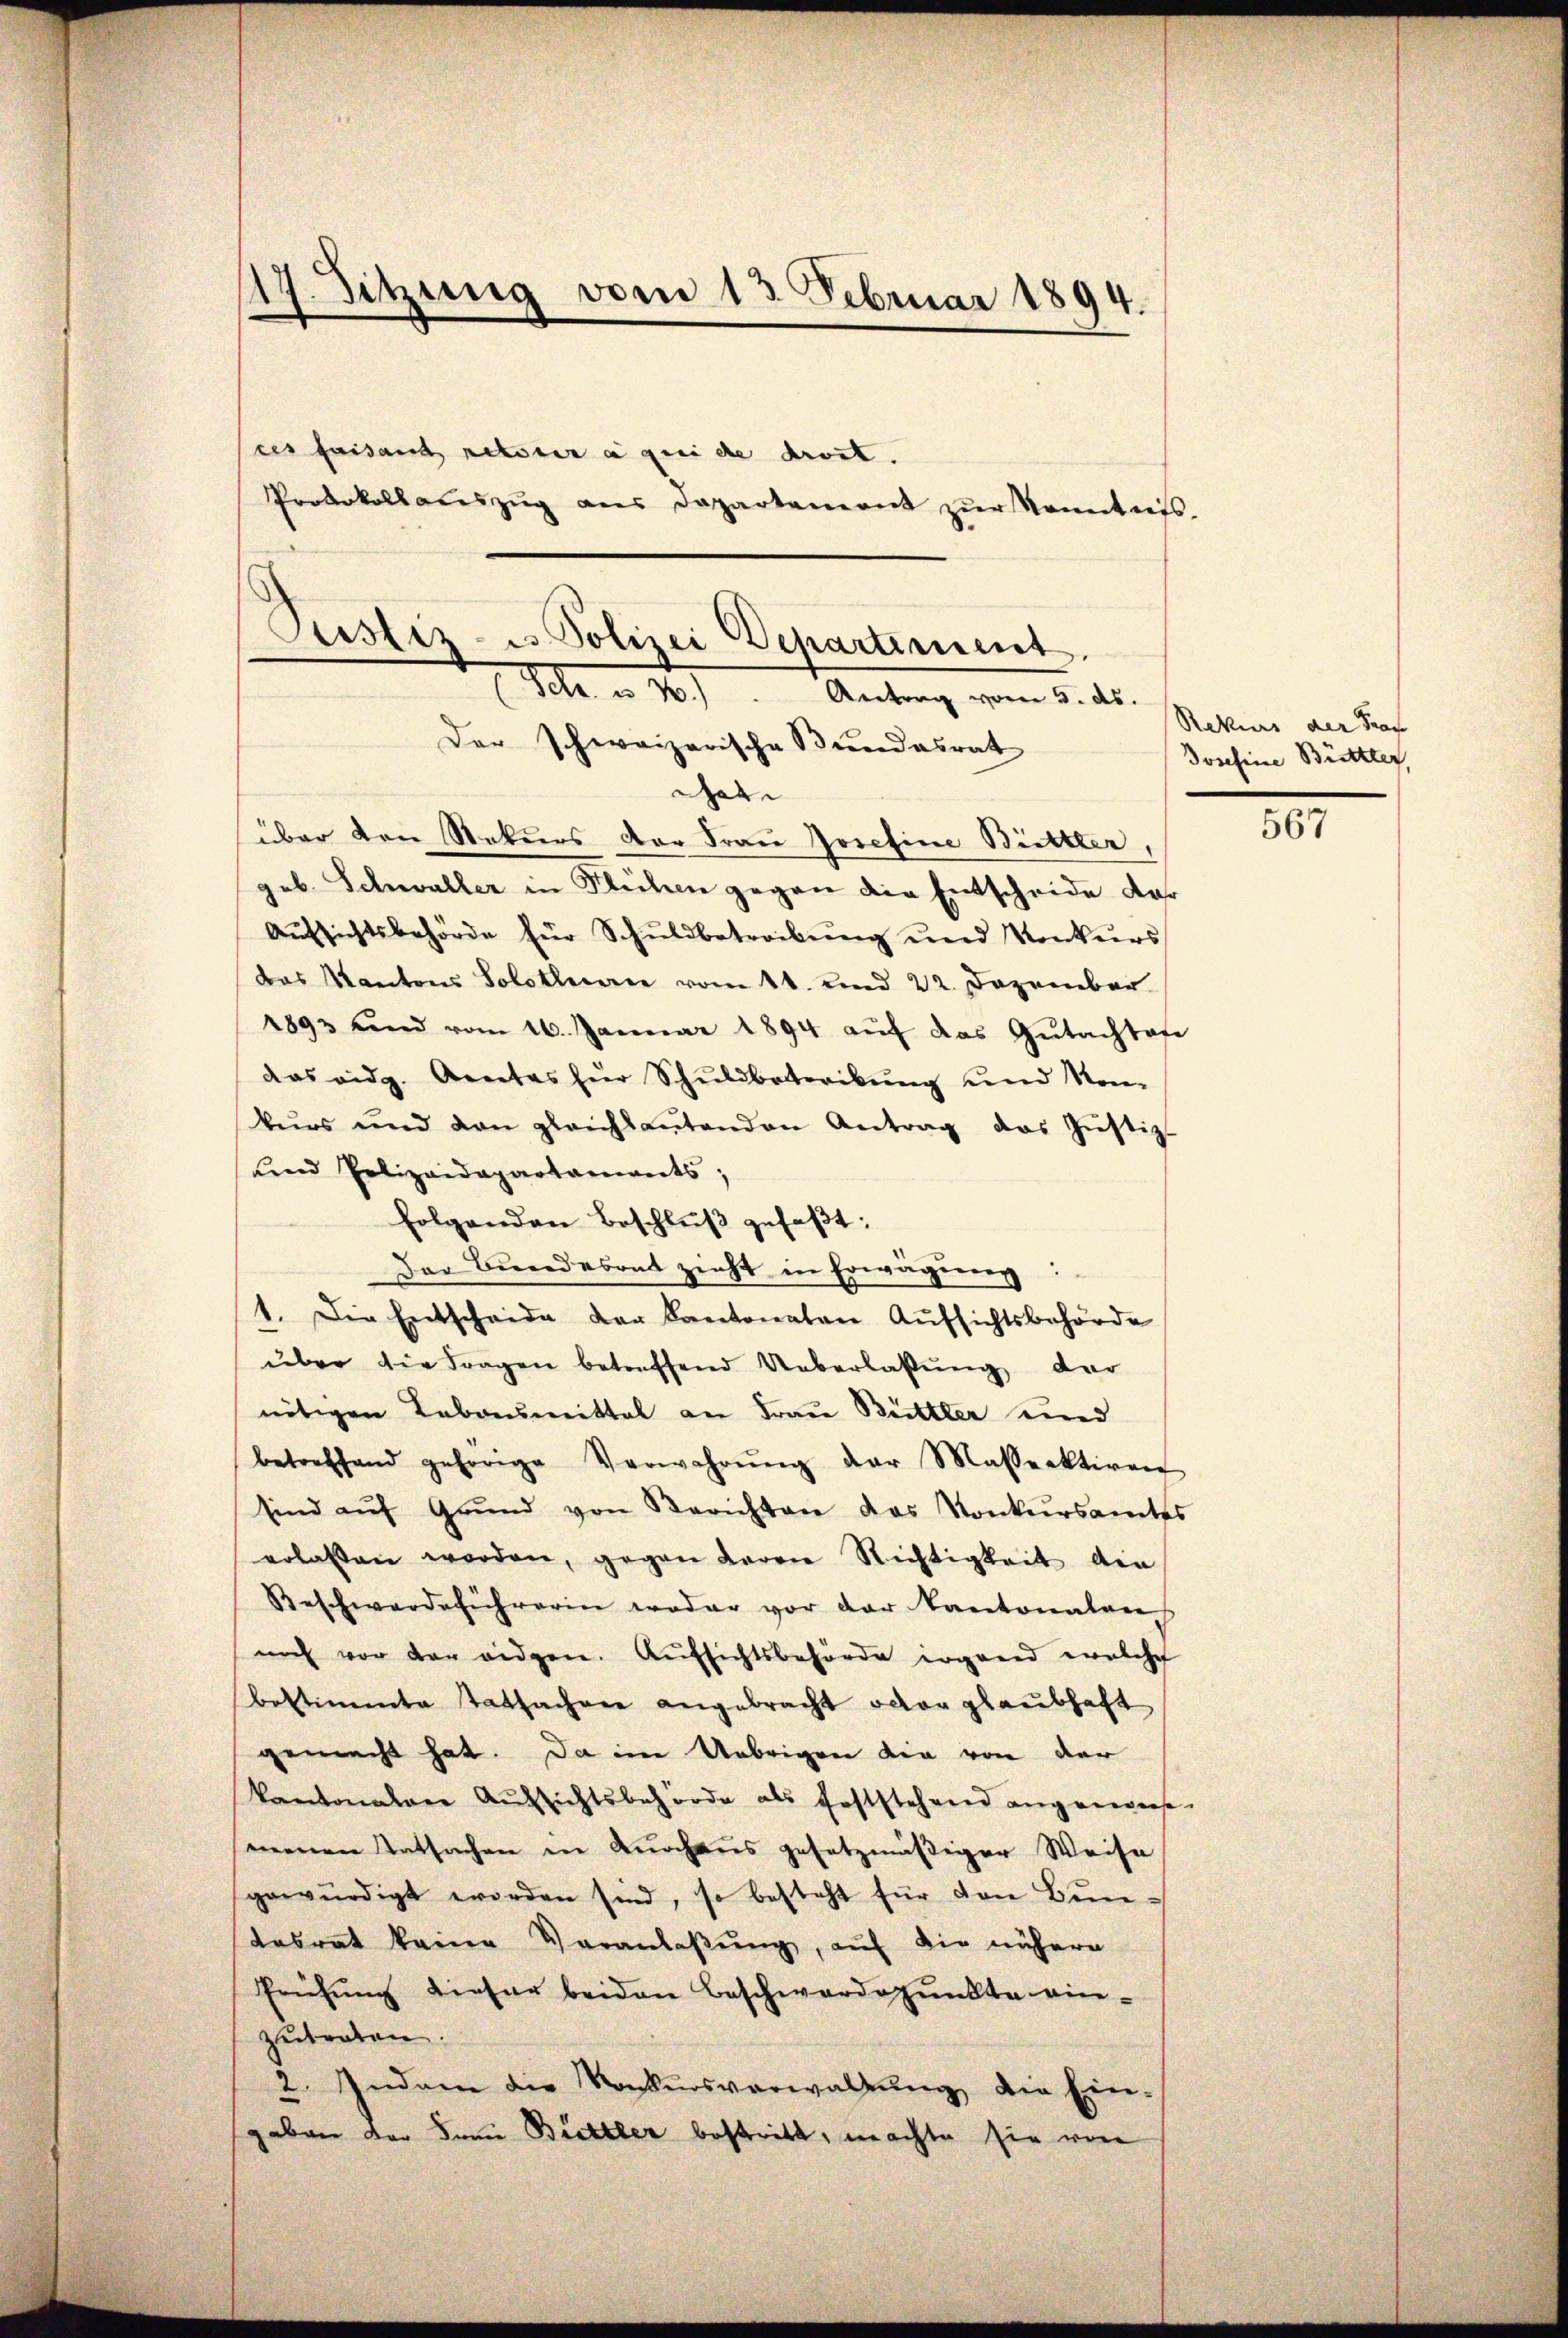
17. Sitzung vom 13. Februar 1894.
stes faisant netteur à qui de droit.
Protokollateszug aus Departement zur Kenntnis.
Pustiz- u Polizei Departiment

(Sehr u. 4.) Antrag vom 5. ds.
Der schweizerische Bundesrat
hat

über den Stekurs der Frau Josefine Bittler,
geb. Schwaller in Flühen gegen die Entscheide dar
Aŭfsichtsbehörde für Schŭldbetreibŭng und Konkŭrs
das Kantons Solothecarie vom 11. und 22. Dezember
1893 und vom 16. Januar 1894 auf das Gutachtofe
das eidg. Arnetas für Schuldbetreibŭng und Non-
kŭrs und den gleichsantenden Antrag des Jŭstiz-
und Polizeidepartaments;
folgenden Beschlŭβ gefaßt:
Der Bundesont zieht in Erwägung:
1. Die Entscheide der Kantonaten Aufsichtsbehörde
über die Fragen betreffend Ueberlassung der
nötigen Lebensmittel an Frau Büttter und
betreffend gehörige Verwahrŭng der Massrektiven
sind aŭf Grŭnd von Berichten das Konkŭrsamtes
erlassen worden, gegen Baron Richtigkeit die
Beschwerdeführerin weder vor der Kantonalen
noch vor der eidgen. Aufsichtsbehörde irgend welche
bestimmte Tatsachen angebracht octor glaubhaft
gemacht hat. Da im Uebrigen die von der
kantonalen Aufsichtsbehörde als feststehend angenosse
menen Tatsachen in Durchaus gesetzmäßiger Weise
gewürdigt worden sind, so besteht für den Bun
tesrat keine Veranlaßung, auf die nähere
Prüfung dieser beiden Beschwerdepunkte einzutreten.
2. Indem die Konkursverwaltŭng die Ein-
gaben der Frau Brettler bestritt, machte sie von

Rekurs der Prof
Josefine Büttter,

567